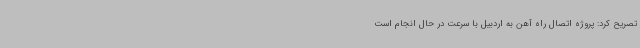
تصریح کرد: پروژه اتصال راه آهن به اردبیل با سرعت در حال انجام است